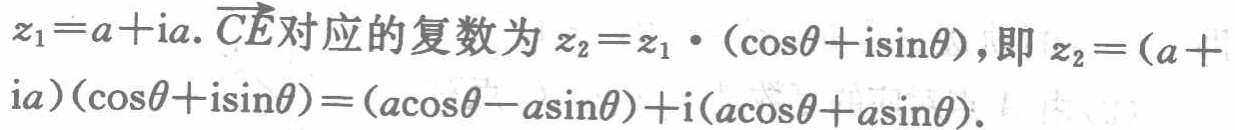
\(z_{1}=a+\mathrm{i}a.\overrightarrow{CE}\)对应的复数为\(z_{2}=z_{1}\cdot(\cos\theta +\mathrm{i}\sin\theta)\)，即\(z_{2}=(a + \mathrm{i}a)(\cos\theta+\mathrm{i}\sin\theta)=(a\cos\theta - a\sin\theta)+\mathrm{i}(a\cos\theta + a\sin\theta)\)。